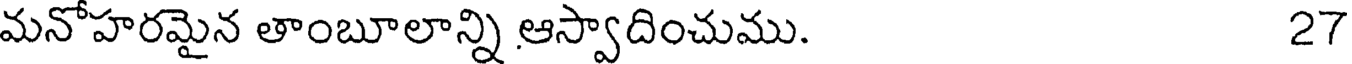
మనోహరమైన తాంబూలాన్ని ఆస్వాదించుము. 27